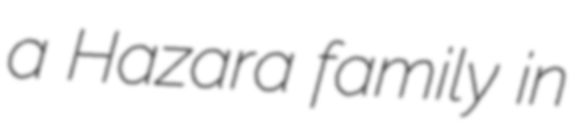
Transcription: a Hazara family in